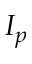
I _ { p }